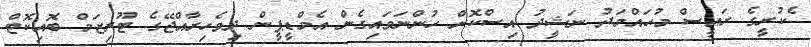
ެކުރީގެ ރައީސް މުޙައްމަދު ނަޝީދު އިސްކޮށް ހުންނަވައިގެން އެމްޑީޕީން ދިވެހިރާއްޖޭގެ ޓޫރިޒަމް ބޮއިކޮޓް